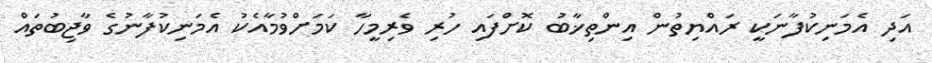
އަދި އެމަނިކުފާނަކީ ރައްޔިތުން އިންތިޚާބު ކޮށްފައި ހުރި ވެރިމީހާ ކަމަށްވުމާއެކު އެމަނިކުފާނުގެ ވާޖިބުތައް